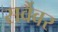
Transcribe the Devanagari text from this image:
सर्वैवर